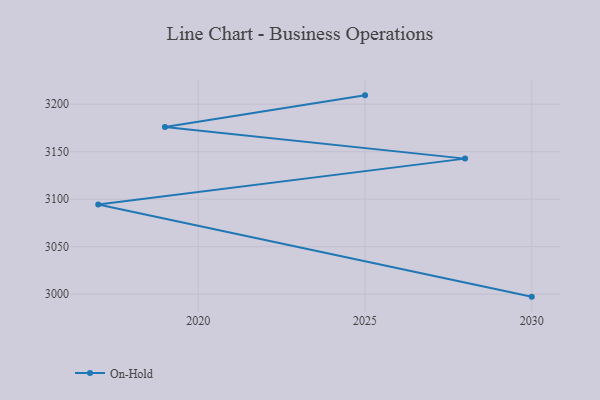
{"axis": {"x": "Year", "y": "Satisfaction Score"}, "legend": ["On-Hold"], "data": [{"x": "2025", "y": 3209.3, "type": "On-Hold"}, {"x": "2019", "y": 3176.1, "type": "On-Hold"}, {"x": "2028", "y": 3142.7, "type": "On-Hold"}, {"x": "2017", "y": 3094.4, "type": "On-Hold"}, {"x": "2030", "y": 2997.4, "type": "On-Hold"}]}